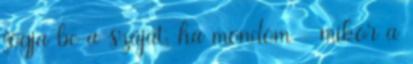
fogja be a száját, ha mondom - mikor a